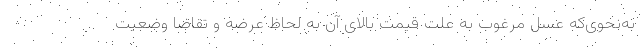
به‌نحوی‌که عسل مرغوب به علت قیمت بالای آن به لحاظ عرضه و تقاضا وضعیت